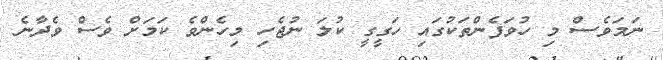
ނަމަވެސް މި ހުވަފެންތަކުގައި ހަގީގީ ކުލަ ނުޖެހި މިހެންވެ ކަމަށް ވެސް ވެދާނެ